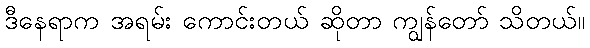
ဒီနေရာက အရမ်း ကောင်းတယ် ဆိုတာ ကျွန်တော် သိတယ်။